Vaccination in Bombay 1856-1862 - 1856-1862
Year: 1856
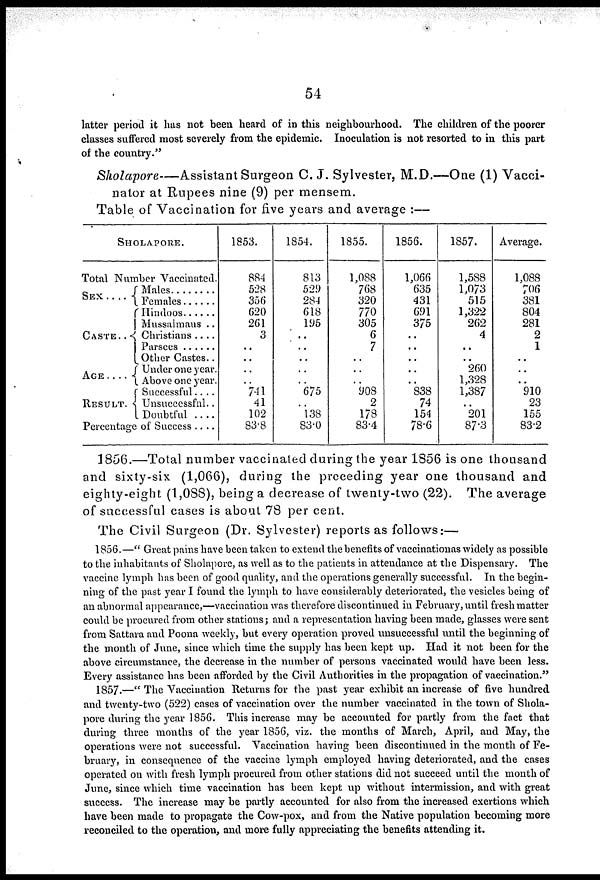
54
latter period it has not been heard of in this neighbourhood. The children of the poorer
classes suffered most severely from the epidemic. Inoculation is not resorted to in this part
of the country."
Sholapore—Assistant
Surgeon C. J. Sylvester, M.D.—One (1) Vacci-
nator at Rupees nine (9) per mensem.
Table of Vaccination for five years and average :—
SHOLAPORE.
Total Number Vaccinated.
SEX . . . .
CASTE . . .
AGE . . .
RESULT.
Males . . . . . .
Females . . . .
Hindoos . . . .
Mussaimans . . .
Christians . . . .
Parsees . . . .
Other Castes..
Under one year.
Above one year.
Successful . . . .
Unsuccessful. .
Doubtful . . . .
Percentage of Success . . . .
1853.
884
528
356
620
261
3
..
..
..
..
741
41
102
83.8
1854.
813
529
284
618
195
..
..
..
..
..
675
..
138
83.0
1855.
1,088
768
320
770
305
6
7
..
..
..
908
2
178
83.4
1856.
1,066
635
431
691
375
..
..
..
..
..
838
74
154
78.6
1857.
1,588
1,073
515
1,322
262
4
..
..
260
1,328
1,387
..
201
87.3
Average.
1,088
706
381
804
281
2
1
..
..
..
910
23
155
83.2
1856.—Total number vaccinated during the year 1856 is one thousand
and sixty-six (1,066), during the preceding year one thousand and
eighty-eight (1,088), being a decrease of twenty-two (22). The average
of successful cases is about 78 per cent.
The Civil Surgeon (Dr. Sylvester) reports as follows:—
1856. —" Great pains have been taken to extend the benefits of vaccinationas widely as possible
to the inhabitants of Sholapore, as well as to the patients in attendance at the Dispensary. The
vaccine lymph has been of good quality, and the operations generally successful. In the begin-
ning of the past year I found the lymph to have considerably deteriorated, the vesicles being of
an abnormal appearance,—vaccination was therefore discontinued in February, until fresh matter
could be procured from other stations; and a representation having been made, glasses were sent
from Sattara and Poona weekly, but every operation proved unsuccessful until the beginning of
the month of June, since which time the supply has been kept up. Had it not been for the
above circumstance, the decrease in the number of persons vaccinated would have been less.
Every assistance has been afforded by the Civil Authorities in the propagation of vaccination."
1857.—" The Vaccination Returns for the past year exhibit an increase of five hundred
and twenty-two (522) cases of vaccination over the number vaccinated in the town of Shola-
pore during the year 1856. This increase may be accounted for partly from the fact that
during three months of the year 1856, viz. the months of March, April, and May, the
operations were not successful. Vaccination having been discontinued in the month of Fe-
bruary, in consequence of the vaccine lymph employed having deteriorated, and the cases
operated on with fresh lymph procured from other stations did not succeed until the month of
June, since which time vaccination has been kept up without intermission, and with great
success. The increase may be partly accounted for also from the increased exertions which
have been made to propagate the Cow-pox, and from the Native population becoming more
reconciled to the operation, and more fully appreciating the benefits attending it.